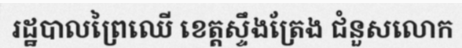
រដ្ឋបាលព្រៃឈើ ខេត្តស្ទឹងត្រែង ជំនួសលោក